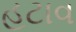
હટાવ